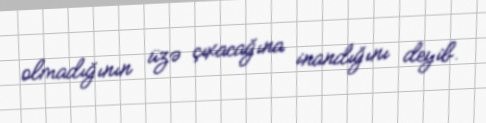
olmadığının üzə çıxacağına inandığını deyib.